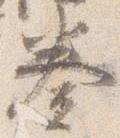
奏